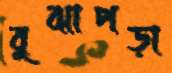
বুঝাপড়া